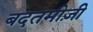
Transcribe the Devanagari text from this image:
बदतमीज़ी